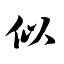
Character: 似